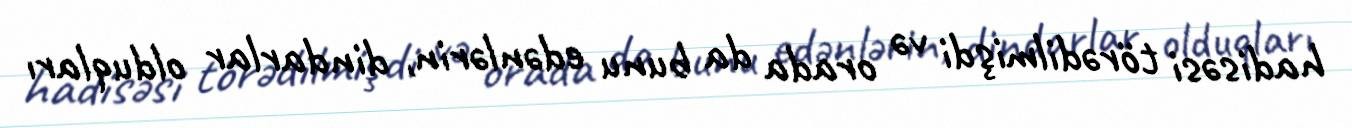
hadisəsi törədilmişdi və orada da bunu edənlərin, dindarlar olduqları